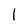
Character: I